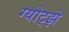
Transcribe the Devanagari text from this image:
ग्योट्झे